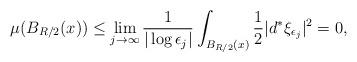
LaTeX: \begin{align*}\mu(B_{R/2}(x))\leq\lim_{j\to\infty}\frac{1}{|\log\epsilon_j|}\int_{B_{R/2}(x)}\frac{1}{2}|d^*\xi_{\epsilon_j}|^2=0,\end{align*}